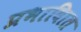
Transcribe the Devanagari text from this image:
प्रभावाित